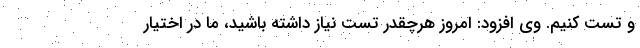
و تست کنیم. وی افزود: امروز هرچقدر تست نیاز داشته باشید، ما در اختیار